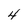
Character: 4